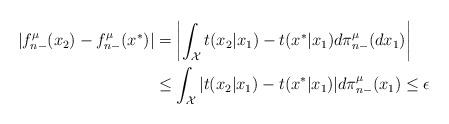
LaTeX: \begin{align*}|f_{n-}^{\mu}(x_{2})-f_{n-}^{\mu}(x^{*})|&=\left|\int_{\mathcal{X}}t(x_{2}|x_{1})-t(x^{*}|x_{1})d\pi_{n-}^{\mu}(dx_{1})\right|\\&\leq \int_{\mathcal{X}}|t(x_{2}|x_{1})-t(x^{*}|x_{1})|d\pi_{n-}^{\mu}(x_{1})\leq \epsilon\end{align*}